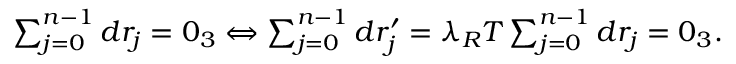
\begin{array} { r } { \sum _ { j = 0 } ^ { n - 1 } d r _ { j } = 0 _ { 3 } \Leftrightarrow \sum _ { j = 0 } ^ { n - 1 } d r _ { j } ^ { \prime } = \lambda _ { R } T \sum _ { j = 0 } ^ { n - 1 } d r _ { j } = 0 _ { 3 } . } \end{array}